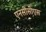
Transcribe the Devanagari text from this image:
एनसीसीएस